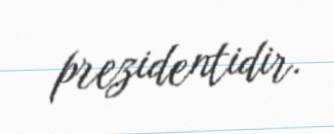
prezidentidir.